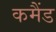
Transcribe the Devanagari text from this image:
कमैंड